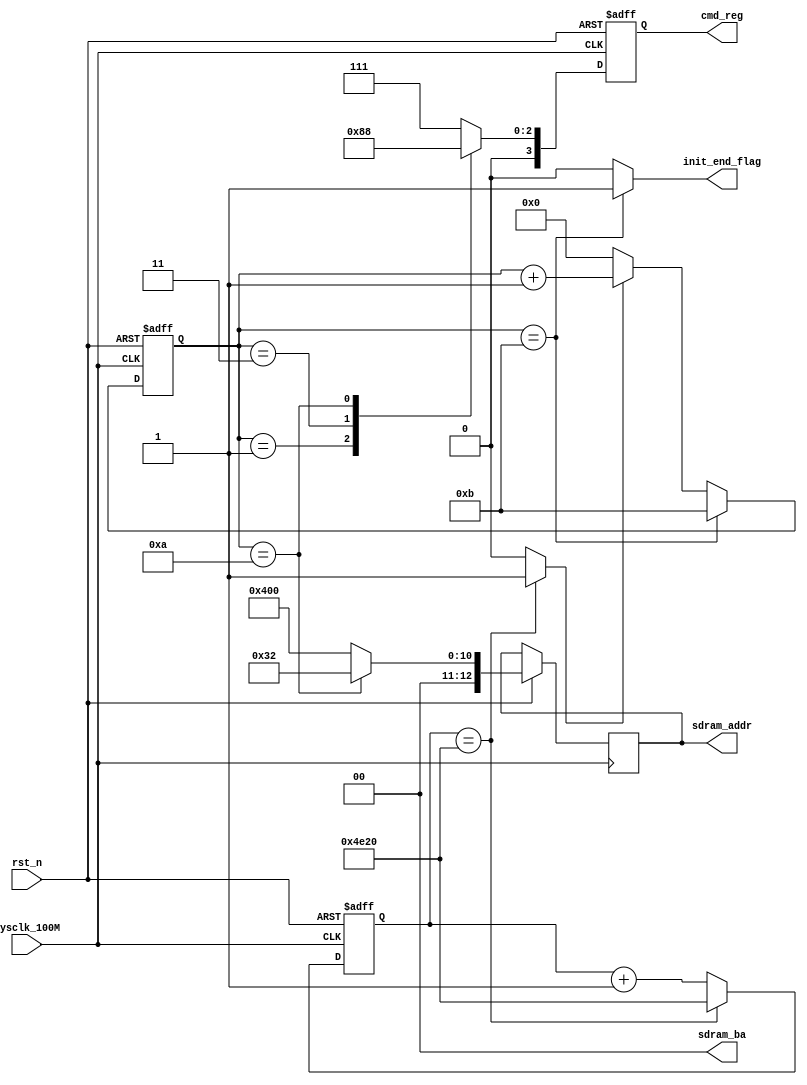
// ==================================================
// 
// designer:            yang shjiang
// description:         to initial the SDRAM 
// 
// ==================================================

module SDRAM_init(
    // system signal
    input                   sysclk_100M     ,       // note: ~sdram_clk
    input                   rst_n           ,
    // SDRAM
    output  reg     [ 3:0]  cmd_reg         ,
    output          [1:0]   sdram_ba        ,
    output  reg     [12:0]  sdram_addr      ,
    // init end flag
    output                  init_end_flag
);


// ==================================================\
// *********** define parameter and signal *****
// ==================================================/
localparam              POWERUP_200us    =   20000  ;
localparam              CMD_CNT          =   11     ;

// CMD -- cs_n, ras_n, cas_n, we_n
localparam              NOP         =   4'b0111 ;
localparam              PRECHARGE   =   4'b0010 ;
localparam              REFRESH     =   4'b0001 ;
localparam              MODEREG_SET =   4'b0000 ;

reg     [14:0]      powerup_cnt     ;
reg     [ 3:0]       cmd_cnt         ;
wire                powerup_done    ;


// ==================================================\
// ***************** main code *****************
// ==================================================/

// power up
always @(posedge sysclk_100M or negedge rst_n) begin
    if (rst_n == 1'b0)
        powerup_cnt     <=  11'd0   ;
    else if (powerup_cnt == POWERUP_200us)
        powerup_cnt     <=  POWERUP_200us   ;
    else
        powerup_cnt     <= powerup_cnt + 15'd1;
end

assign  powerup_done = (powerup_cnt == POWERUP_200us) ? 1'b1 : 1'b0;


// cmd_cnt
always @(posedge sysclk_100M or negedge rst_n) begin
    if (rst_n == 1'b0)
        cmd_cnt     <= 4'd0     ;
    else if (cmd_cnt == CMD_CNT)
        cmd_cnt     <= CMD_CNT  ;
    else if (powerup_done == 1'b1)
        cmd_cnt     <=  cmd_cnt + 4'd1;
    else
        cmd_cnt     <=  4'd0    ;
end


// give cmd
always @(posedge sysclk_100M or negedge rst_n) begin
    if (rst_n == 1'b0)
        cmd_reg    <=   NOP ;
    else
        case (cmd_cnt)
            0:  begin
                cmd_reg     <=  NOP                     ;
                sdram_addr  <=  13'b0_0100_0000_0000    ;
                end
            1:  begin
                cmd_reg     <=  PRECHARGE               ;
                sdram_addr  <=  13'b0_0100_0000_0000    ;
                end
            3:  begin
                cmd_reg     <=  REFRESH                 ;
                sdram_addr  <=  13'b0_0100_0000_0000    ;
                end
           10:  begin
                cmd_reg     <=  MODEREG_SET             ;
                sdram_addr  <=  13'b0_0000_0011_0010    ;
                end
            default:    begin
                        cmd_reg     <=  NOP                     ;
                        sdram_addr  <=  13'b0_0100_0000_0000    ;
                        end
        endcase
end


// bank addr
assign sdram_ba = 2'b00;


// init end flag
assign init_end_flag = (cmd_cnt == CMD_CNT) ? 1'b1 : 1'b0;

endmodule